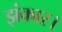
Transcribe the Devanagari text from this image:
झंकार।